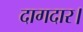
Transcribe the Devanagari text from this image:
दागदार।